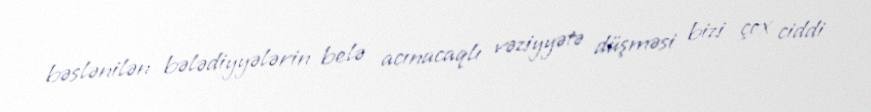
bəslənilən bələdiyyələrin belə acınacaqlı vəziyyətə düşməsi bizi çox ciddi